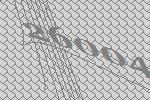
26004